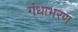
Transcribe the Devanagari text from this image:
गंधाभरण